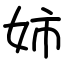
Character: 姉